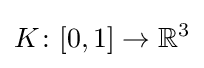
K\colon [0,1]\to \mathbb {R} ^{3}